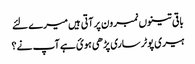
باقی تینوں نمبر ون پر آتی ہیں میرے لئے
ہیری پوٹر ساری پڑھی ہوئ ہے آپ نے؟